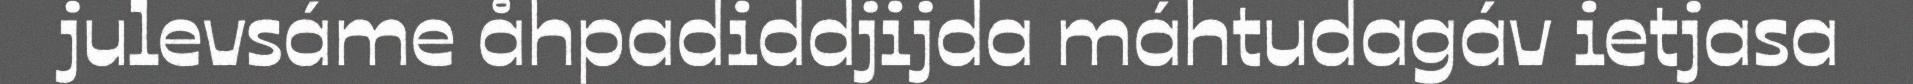
julevsáme åhpadiddjijda máhtudagáv ietjasa